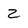
Character: Z